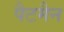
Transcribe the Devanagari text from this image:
पैटमैन